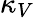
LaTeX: \kappa_{V}